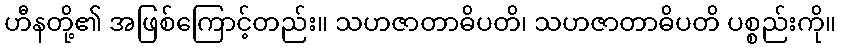
ဟီနတို့၏ အဖြစ်ကြောင့်တည်း။ သဟဇာတာဓိပတိ၊ သဟဇာတာဓိပတိ ပစ္စည်းကို။